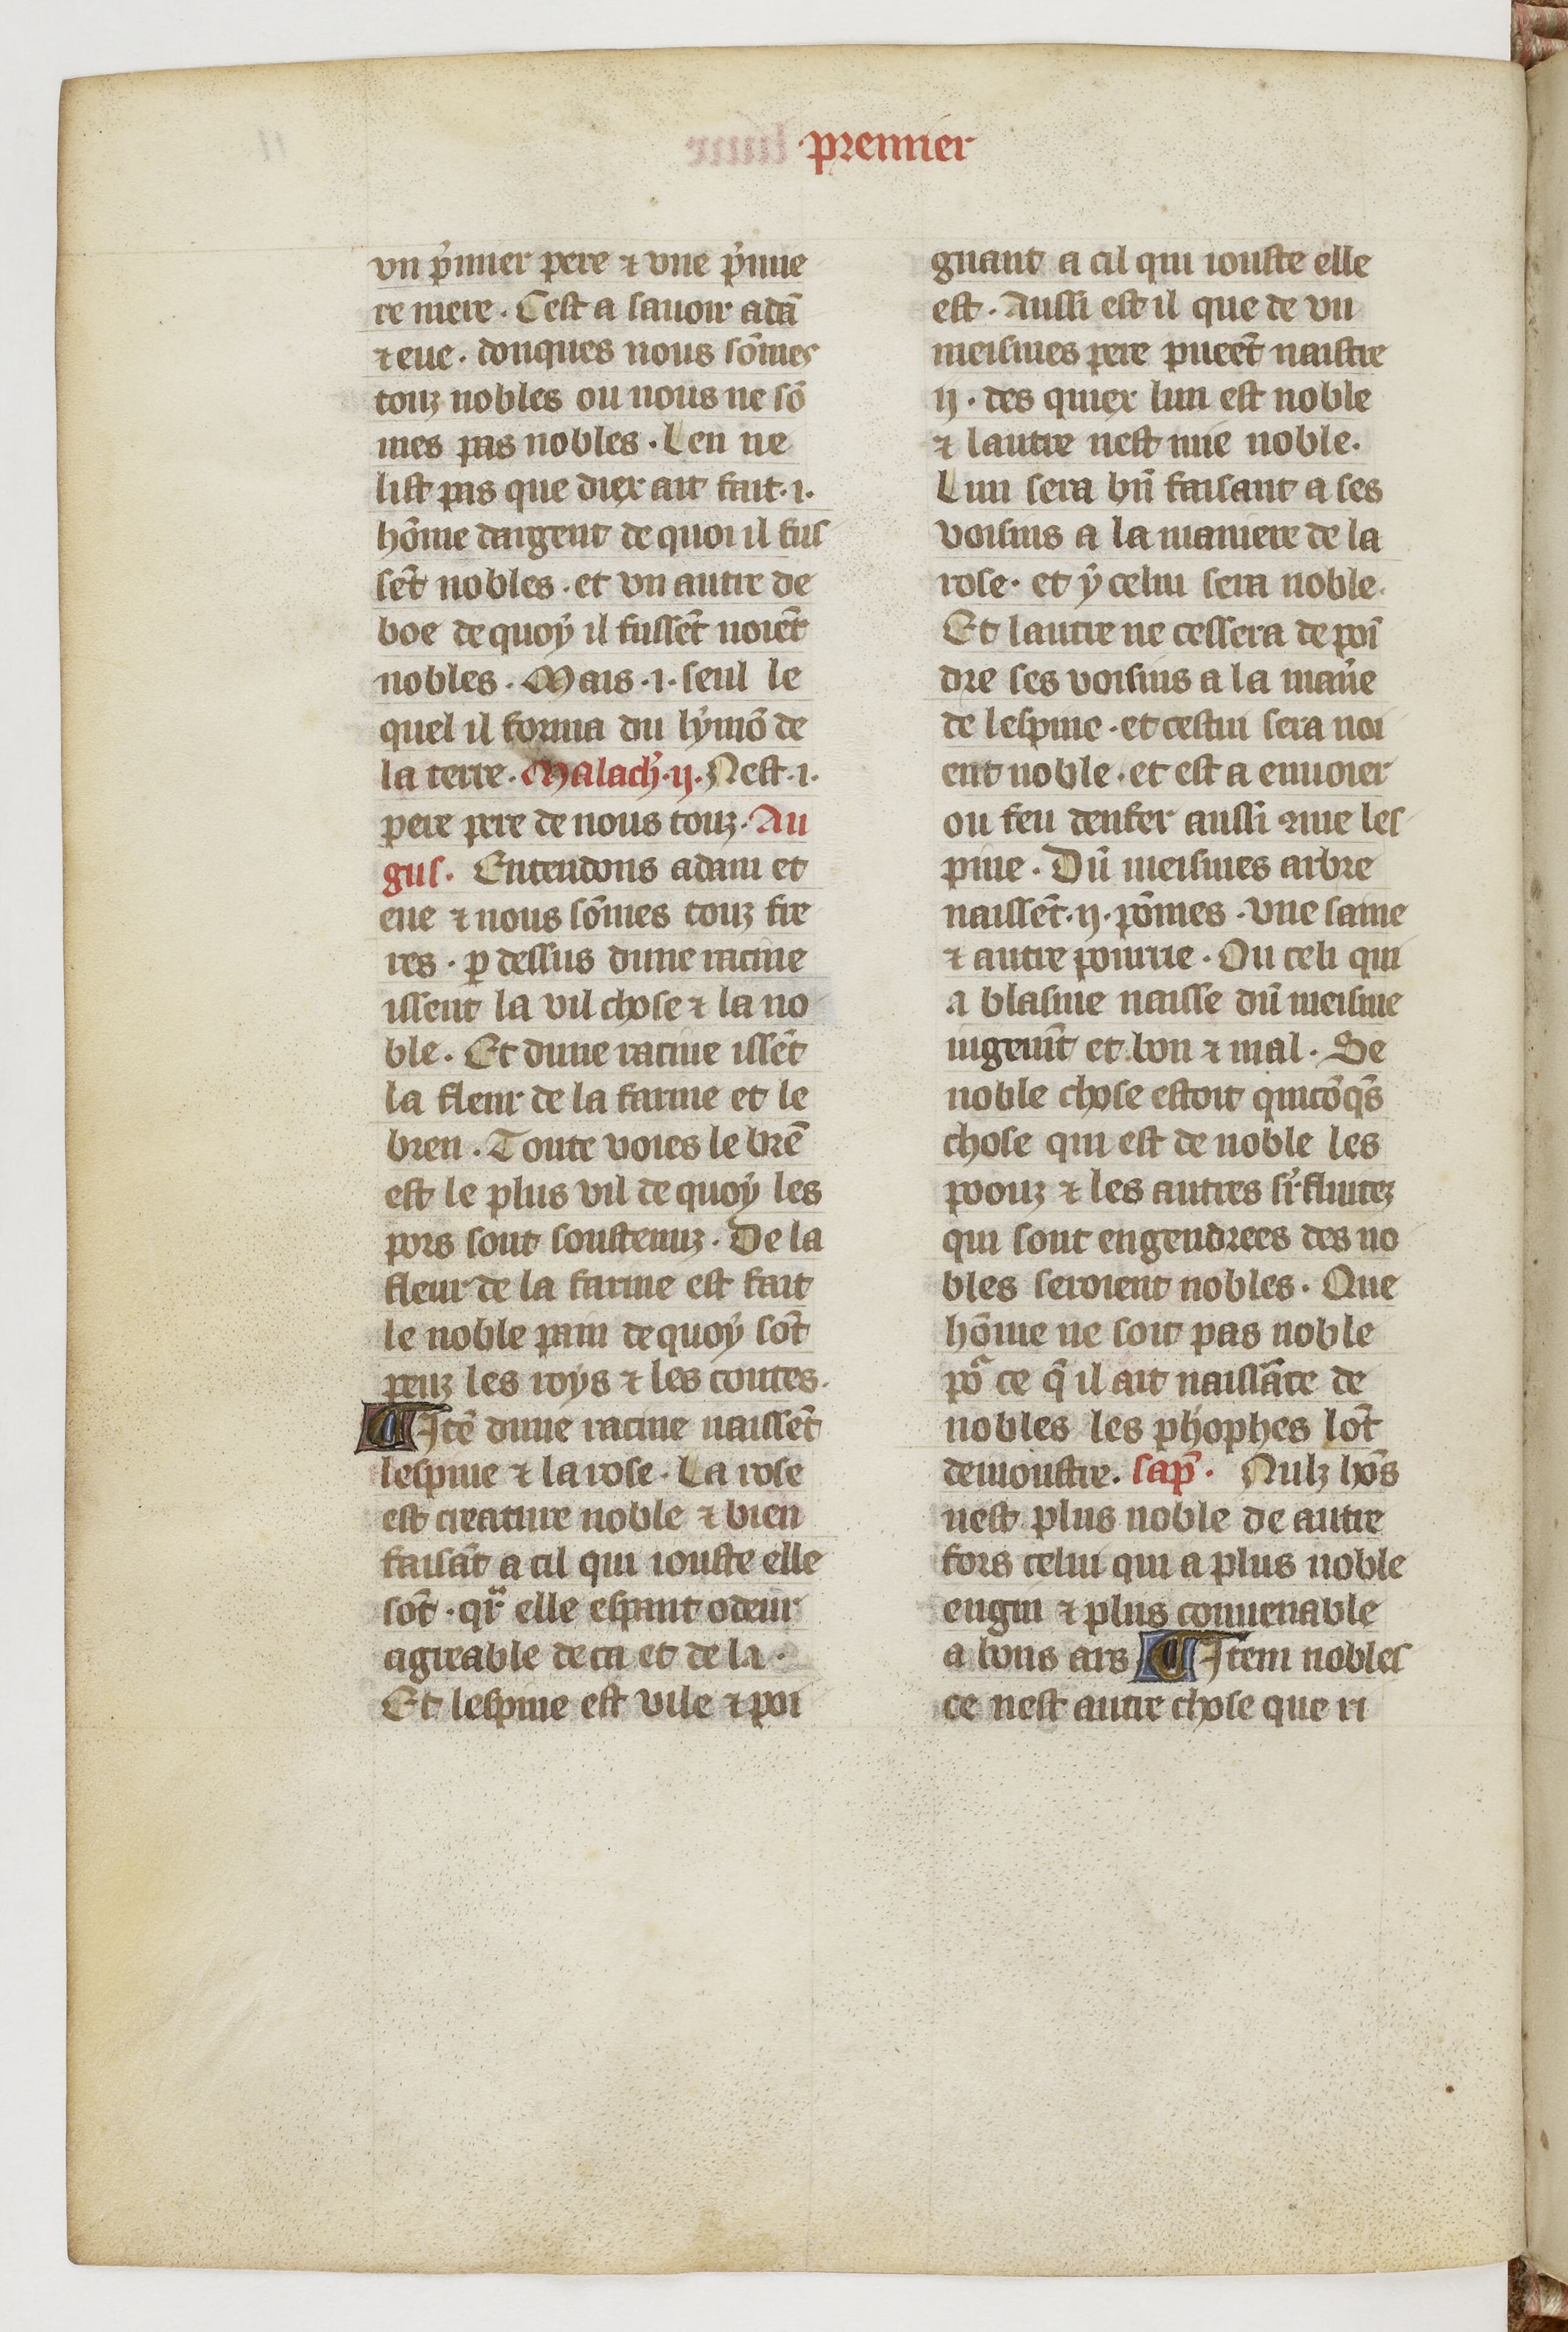
Shelfmark: Paris, BnF, fr. 1728
Century: 14